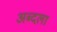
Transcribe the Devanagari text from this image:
अब्दला